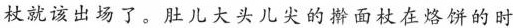
杖就该出场了。肚儿大头儿尖的擀面杖在烙饼的时